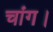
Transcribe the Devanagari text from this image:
चांग।